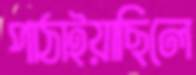
পাঠাইয়াছিলে